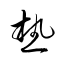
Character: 熱